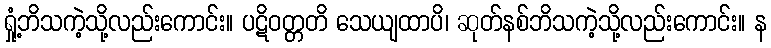
ရှုံ့ဘိသကဲ့သို့လည်းကောင်း။ ပဋိဝတ္တတိ သေယျထာပိ၊ ဆုတ်နစ်ဘိသကဲ့သို့လည်းကောင်း။ န